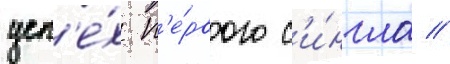
усп'е́х п'е́рвого с'и́нгла //